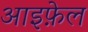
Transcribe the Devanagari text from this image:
आइफ़ेल